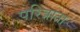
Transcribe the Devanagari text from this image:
परित्राता